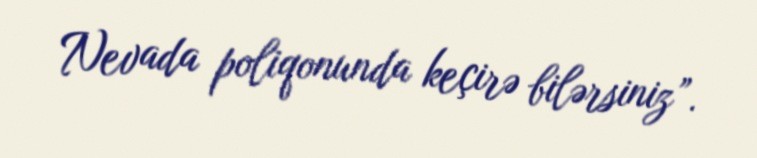
Nevada poliqonunda keçirə bilərsiniz”.